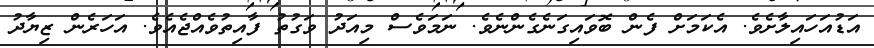
އަޑުއަހައިލާށެވެ. އެކަމަށް ފެން ބޮވައިގަނެގެންނެވެ. ނަމަވެސް މިއަދު ވަގުތު ފާއިތުވެއްޖެއެވެ. އަހަރެން ޒިޔާދު